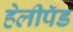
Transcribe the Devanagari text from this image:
हेलीपॅड